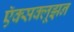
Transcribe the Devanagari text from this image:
ऍक्सक्लूझ़न